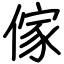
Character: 傢